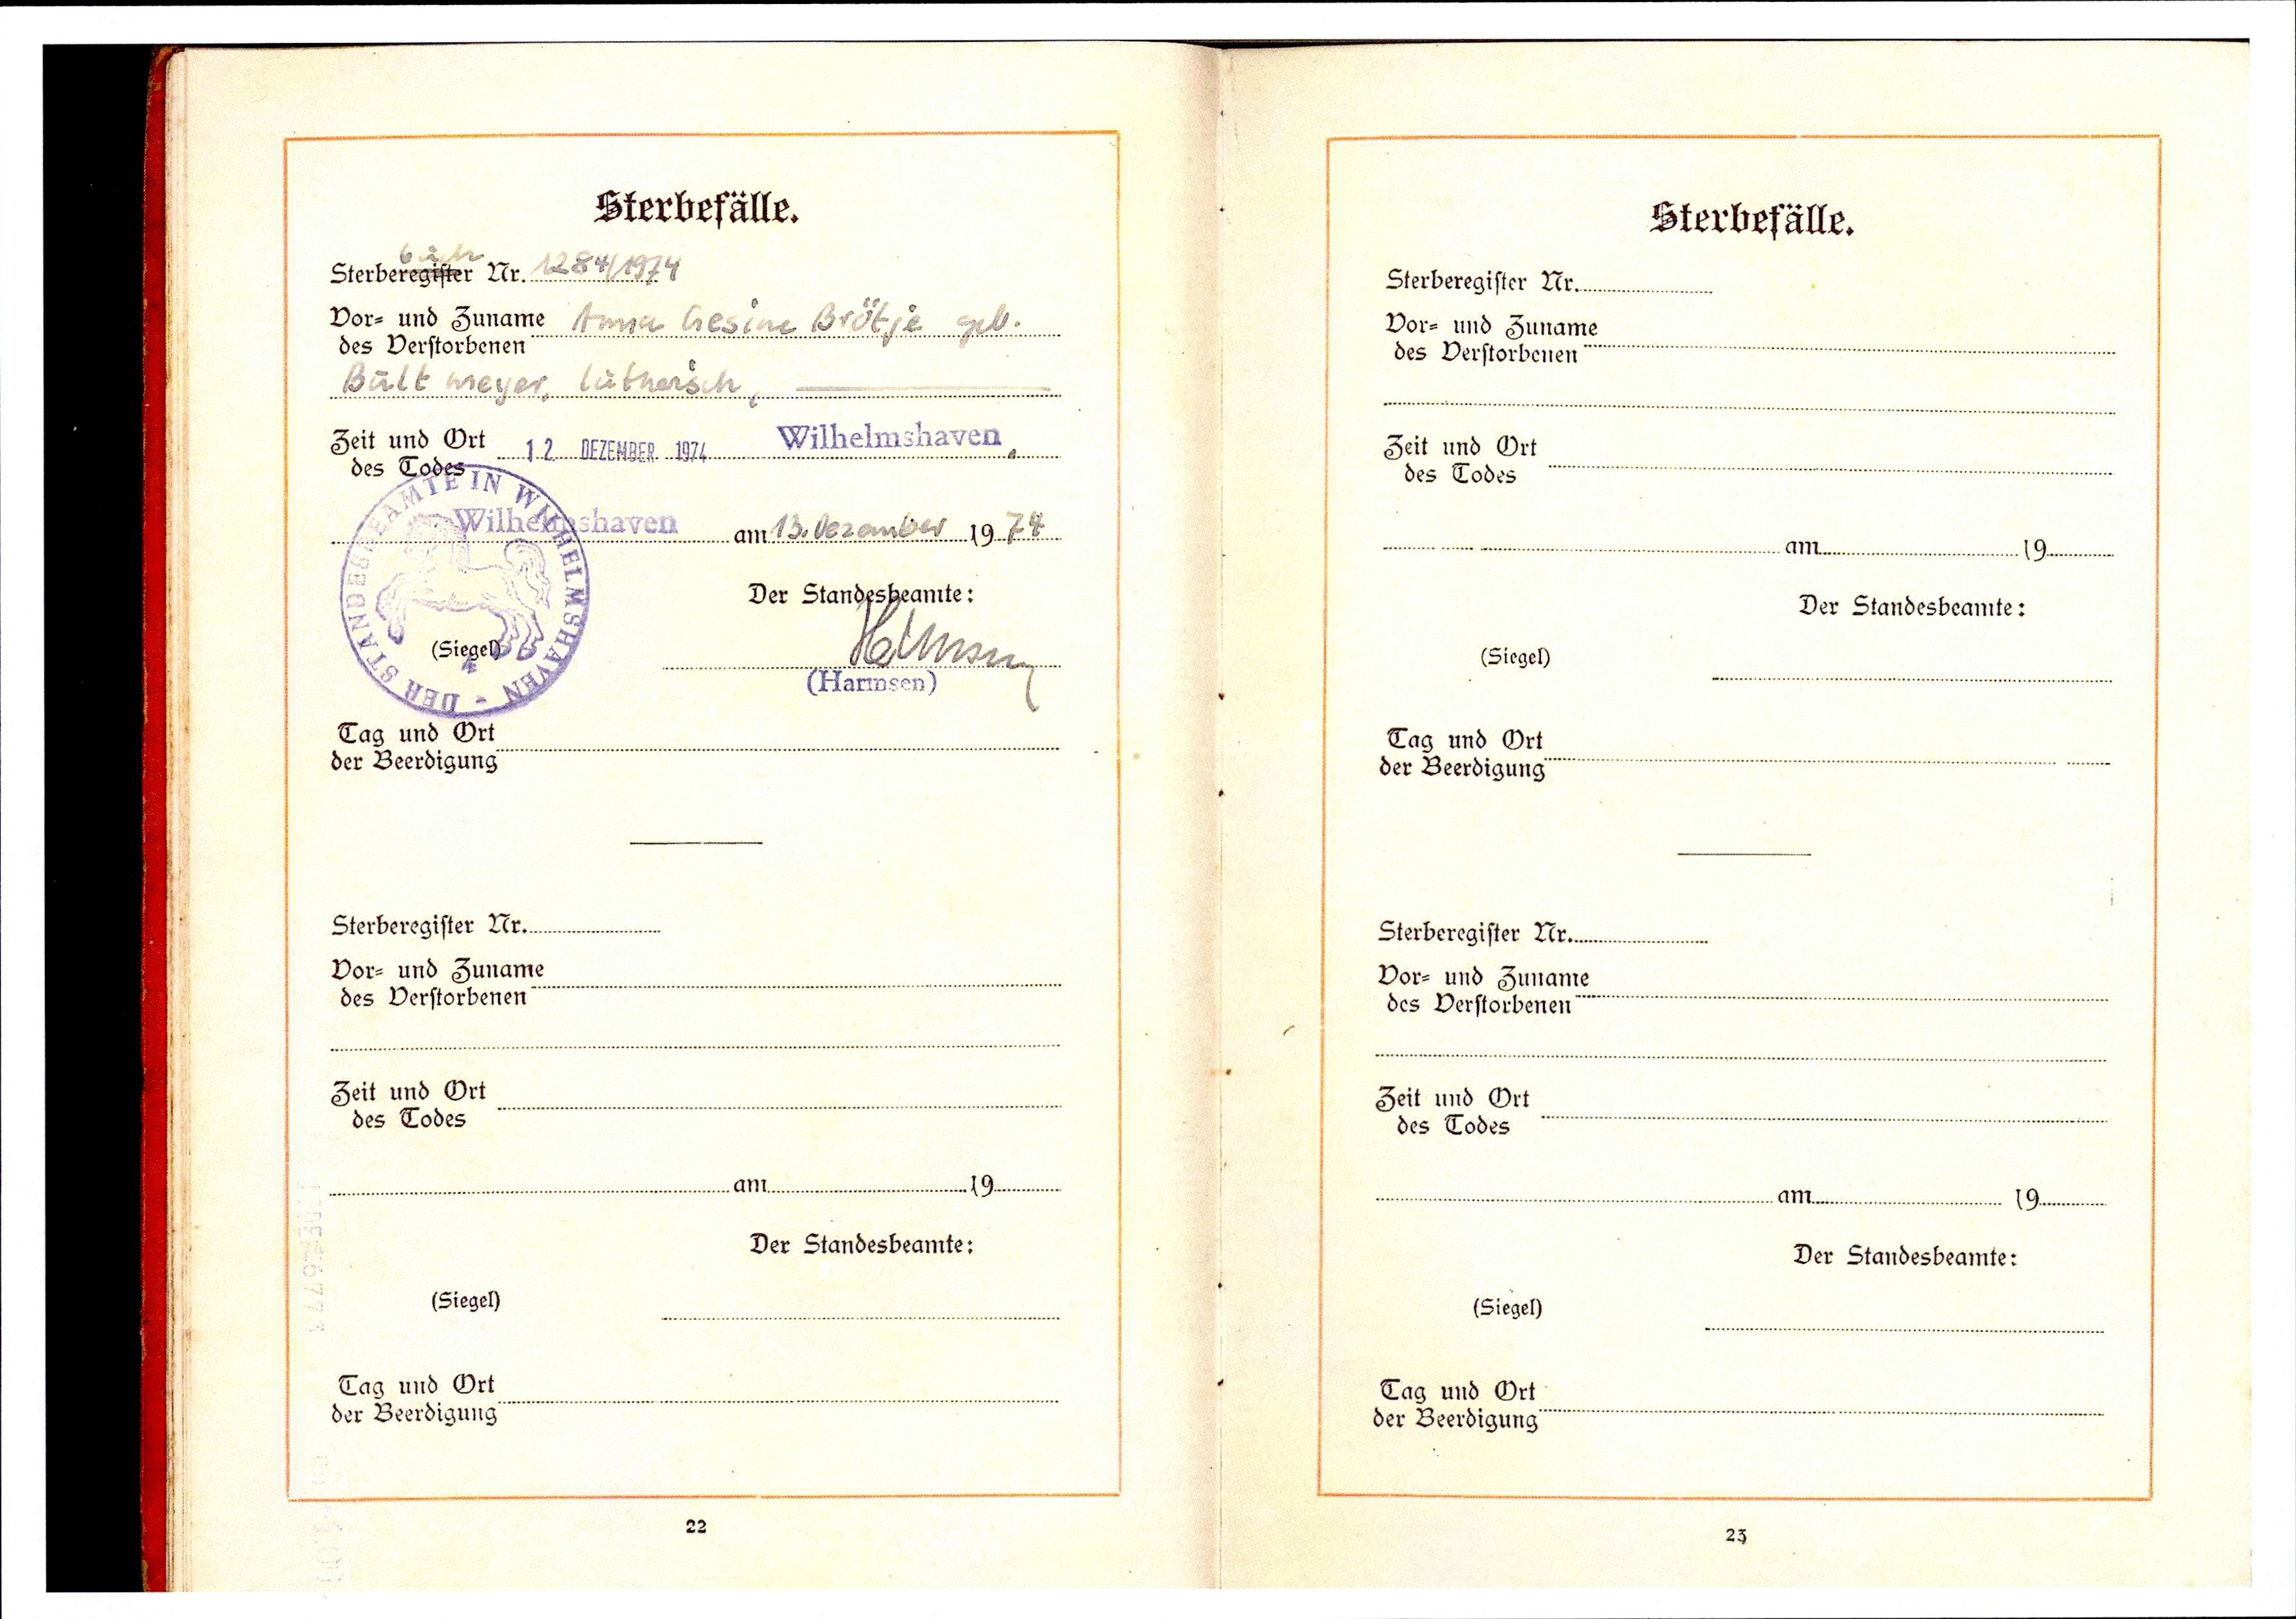
Sterberegister buch Nr. 1284/1974
Anna Gesine Brötje geb.
Bultmeyer, lutherisch
13. Dezember 1974